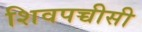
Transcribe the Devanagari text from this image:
शिवपच्चीसी